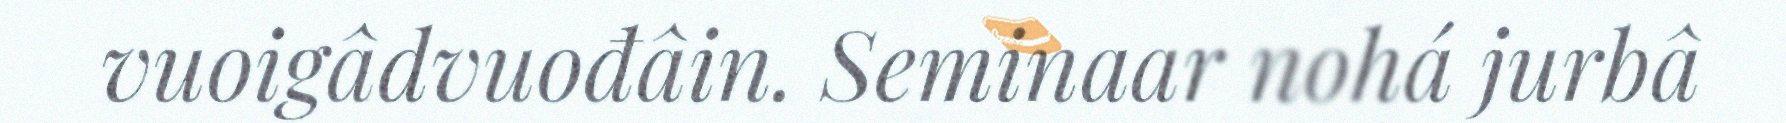
vuoigâdvuođâin. Seminaar nohá jurbâ